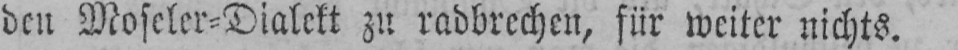
den Moseler⸗Dialekt zu radbrechen, für weiter nichts.